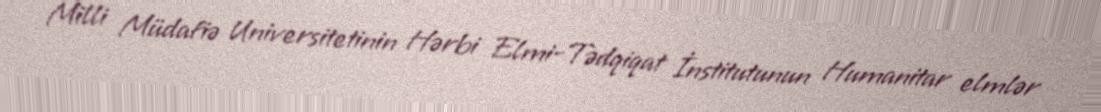
Milli Müdafiə Universitetinin Hərbi Elmi-Tədqiqat İnstitutunun Humanitar elmlər